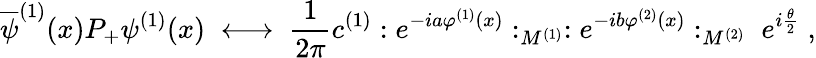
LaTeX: \overline{{{\psi}}}^{(1)}(x)P_{+}\psi^{(1)}(x)\; \longleftrightarrow\; \frac{1}{2\pi}c^{(1)}:e^{-ia\varphi^{(1)}(x)}:_{M^{(1)}}:e^{-ib\varphi^{(2)}(x)}:_{M^{(2)}}\; e^{i\frac{\theta}{2}}\; ,